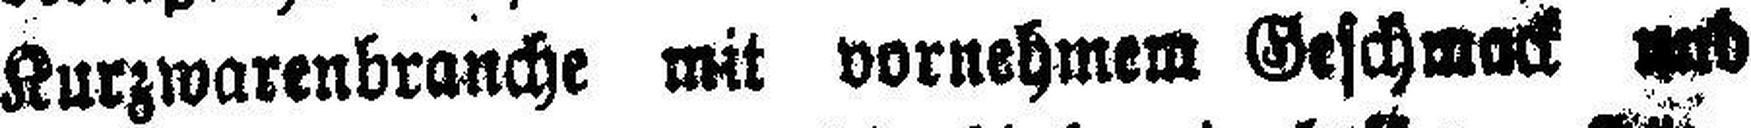
Kurzwarenbranche mit vornehmem Geschmack und